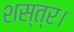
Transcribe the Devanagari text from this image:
शस्त्र।